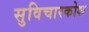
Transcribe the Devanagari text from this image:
सुविचारकोश